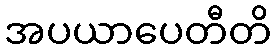
အပယာပေတီတိ